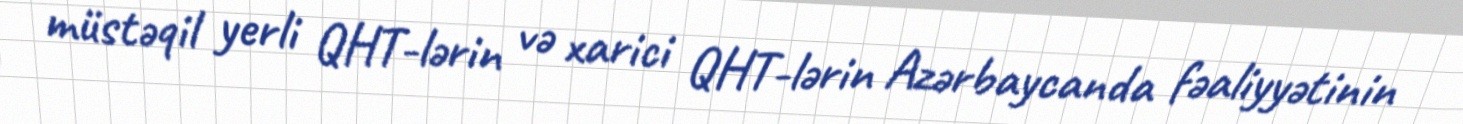
müstəqil yerli QHT-lərin və xarici QHT-lərin Azərbaycanda fəaliyyətinin